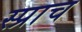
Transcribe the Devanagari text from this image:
स्प्राच